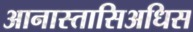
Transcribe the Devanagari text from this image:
आनास्तासिअधिस